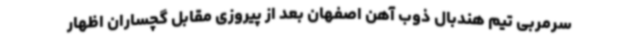
سرمربی تیم هندبال ذوب آهن اصفهان بعد از پیروزی مقابل گچساران اظهار